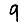
Digit: 9